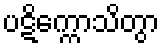
ပဋိက္ကောသိတွာ